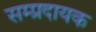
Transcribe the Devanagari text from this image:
सम्‍प्रदायक